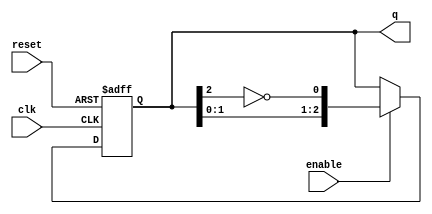
module johnson_counter #(
    parameter n = 3  // Parameter for the number of bits in the counter
)(
    input wire clk,        // Clock signal
    input wire enable,     // Enable signal
    input wire reset,      // Asynchronous reset signal
    output reg [n-1:0] q   // Output current state of the counter
);

// Internal signal for feedback
wire feedback;

// Assign feedback: Inverted output of the last flip-flop (q[n-1])
assign feedback = ~q[n-1];

// Always block for Johnson counter operation
always @(posedge clk or posedge reset) begin
    if (reset) begin
        // Asynchronous reset: initialize counter to 000...
        q <= {n{1'b0}};
    end else if (enable) begin
        // Johnson counter logic: shift and feedback
        q <= {q[n-2:0], feedback}; // Shift left and insert feedback
    end
    // If enable is low, do nothing (retain current state)
end

endmodule